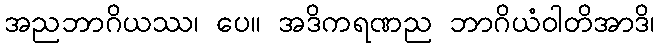
အညဘာဂိယဿ၊ ပေ။ အဒိကရဏည ဘာဂိယံဝါတိအာဒိ၊